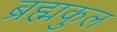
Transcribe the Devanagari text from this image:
ब्रह्मकुल